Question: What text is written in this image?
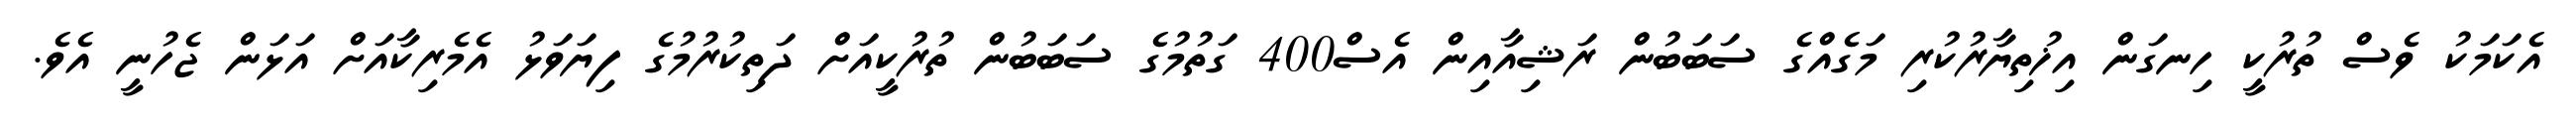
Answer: އެކަމަކު ވެސް ތުރުކީ ހިނގަން އިޚުތިޔާރުކުރި މަގެއްގެ ސަބަބުން ރަޝިއާއިން އެސް400 ގަތުމުގެ ސަބަބުން ތުރުކީއަށް ދަތިކުރުމުގެ ފިޔަވަޅު އެމެރިކާއަށް އަޅަން ޖެހުނީ އެވެ.